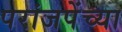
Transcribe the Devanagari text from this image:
परांजपेंच्या